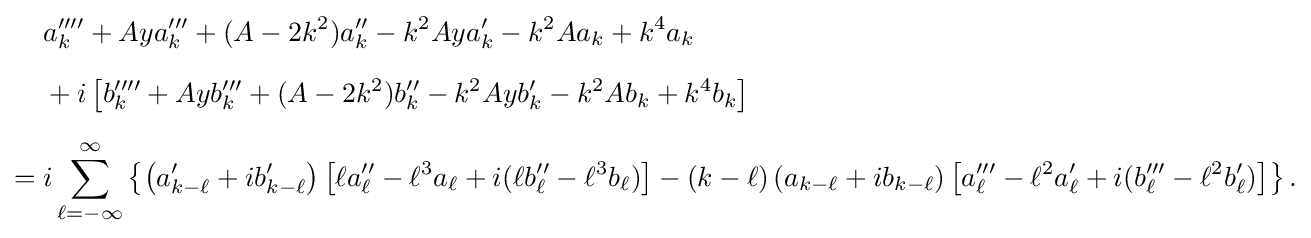
{\begin{aligned}&a_{k}''''+Aya_{k}'''+(A-2k^{2})a_{k}''-k^{2}Aya_{k}'-k^{2}Aa_{k}+k^{4}a_{k}\\[6pt]&{}+i\left[b_{k}''''+Ayb_{k}'''+(A-2k^{2})b_{k}''-k^{2}Ayb_{k}'-k^{2}Ab_{k}+k^{4}b_{k}\right]\\[6pt]={}&i\sum _{\ell =-\infty }^{\infty }\left\{\left(a_{k-\ell }'+ib_{k-\ell }'\right)\left[\ell a_{\ell }''-\ell ^{3}a_{\ell }+i(\ell b_{\ell }''-\ell ^{3}b_{\ell })\right]-(k-\ell )\left(a_{k-\ell }+ib_{k-\ell }\right)\left[a_{\ell }'''-\ell ^{2}a_{\ell }'+i(b_{\ell }'''-\ell ^{2}b_{\ell }')\right]\right\}.\end{aligned}}